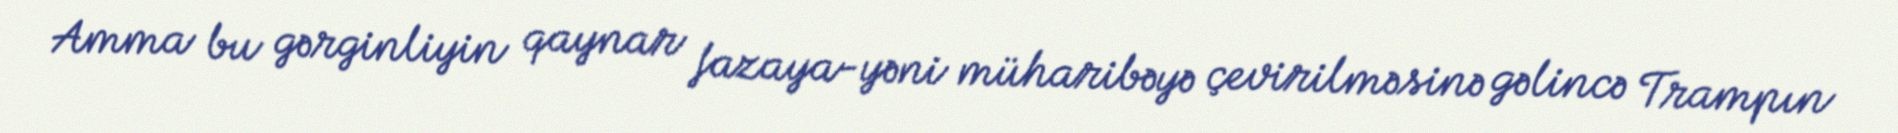
Amma bu gərginliyin qaynar fazaya-yəni müharibəyə çevirilməsinə gəlincə Trampın